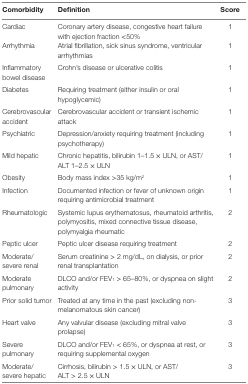
<table><thead><tr><td><b>Comorbidity</b></td><td><b>Definition</b></td><td><b>Score</b></td></tr></thead><tbody><tr><td>Cardiac</td><td>Coronary artery disease, congestive heart failure with ejection fraction &lt;50%</td><td>1</td></tr><tr><td>Arrhythmia</td><td>Atrial fibrillation, sick sinus syndrome, ventricular arrhythmias</td><td>1</td></tr><tr><td>Inflammatory bowel disease</td><td>Crohn’s disease or ulcerative colitis</td><td>1</td></tr><tr><td>Diabetes</td><td>Requiring treatment (either insulin or oral hypoglycemic)</td><td>1</td></tr><tr><td>Cerebrovascular accident</td><td>Cerebrovascular accident or transient ischemic attack</td><td>1</td></tr><tr><td>Psychiatric</td><td>Depression/anxiety requiring treatment (including psychotherapy)</td><td>1</td></tr><tr><td>Mild hepatic</td><td>Chronic hepatitis, bilirubin 1–1.5 × ULN, or AST/ALT 1–2.5 × ULN</td><td>1</td></tr><tr><td>Obesity</td><td>Body mass index &gt;35 kg/m<sup>2</sup></td><td>1</td></tr><tr><td>Infection</td><td>Documented infection or fever of unknown origin requiring antimicrobial treatment</td><td>1</td></tr><tr><td>Rheumatologic</td><td>Systemic lupus erythematosus, rheumatoid arthritis, polymyositis, mixed connective tissue disease, polymyalgia rheumatic</td><td>2</td></tr><tr><td>Peptic ulcer</td><td>Peptic ulcer disease requiring treatment</td><td>2</td></tr><tr><td>Moderate/severe renal</td><td>Serum creatinine &gt; 2 mg/dL, on dialysis, or prior renal transplantation</td><td>2</td></tr><tr><td>Moderate pulmonary</td><td>DLCO and/or FEV<sub>1</sub> &gt; 65–80%, or dyspnea on slight activity</td><td>2</td></tr><tr><td>Prior solid tumor</td><td>Treated at any time in the past (excluding non-melanomatous skin cancer)</td><td>3</td></tr><tr><td>Heart valve</td><td>Any valvular disease (excluding mitral valve prolapse)</td><td>3</td></tr><tr><td>Severe pulmonary</td><td>DLCO and/or FEV<sub>1</sub> &lt; 65%, or dyspnea at rest, or requiring supplemental oxygen</td><td>3</td></tr><tr><td>Moderate/severe hepatic</td><td>Cirrhosis, bilirubin &gt; 1.5 × ULN, or AST/ALT &gt; 2.5 × ULN</td><td>3</td></tr></tbody></table>